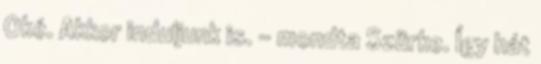
Oké. Akkor induljunk is. – mondta Szürke. Így hát